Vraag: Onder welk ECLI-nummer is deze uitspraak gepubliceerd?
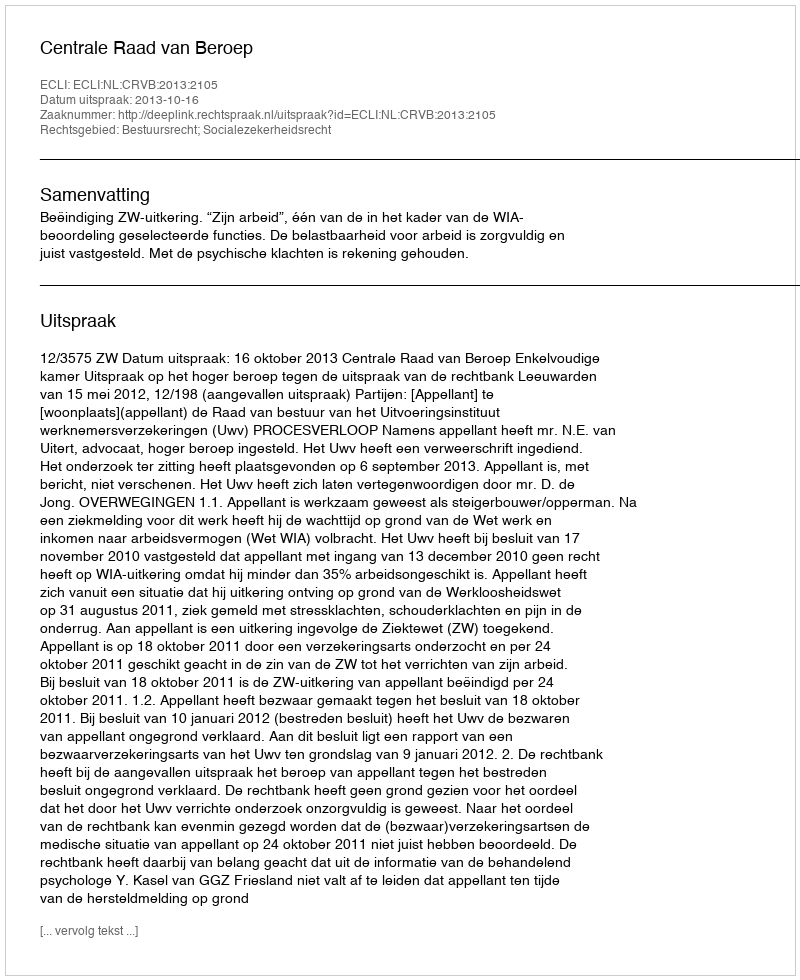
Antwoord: ECLI:NL:CRVB:2013:2105